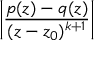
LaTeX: \left| { \frac { p ( z ) - q ( z ) } { ( z - z _ { 0 } ) ^ { k + 1 } } } \right|